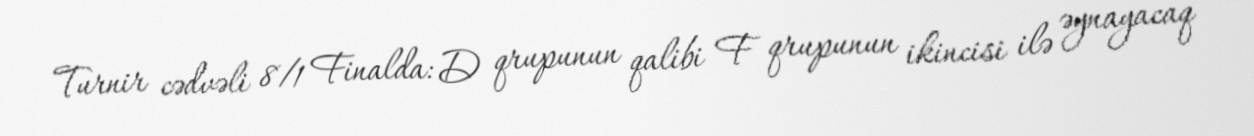
Turnir cədvəli 8/1 Finalda: D qrupunun qalibi F qrupunun ikincisi ilə əynayacaq